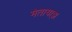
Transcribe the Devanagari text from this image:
मेतायाझ़